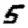
Digit: 5